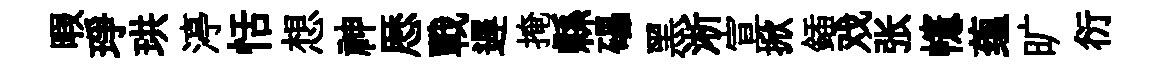
暇琤珙渟恬想神厯戰遅掩縣礧黑淅宣掀鍤戏张幰蕴旷衍